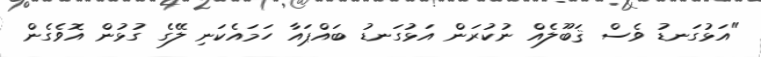
"އަޅުގަނޑު ވެސް ޤަބޫލެއް ނުކުރަން އަޅުގަނޑު ބައްޕައާ ހަމައެކަނި ލޭގެ ގުޅުން އޮވެގެން